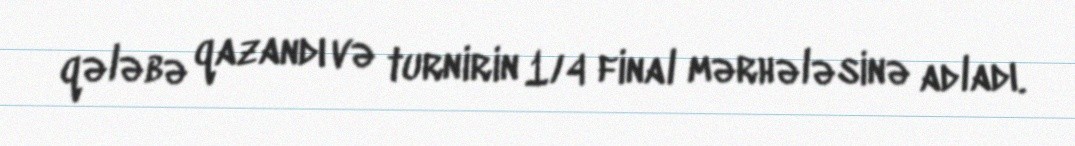
qələbə qazandı və turnirin 1/4 final mərhələsinə adladı.